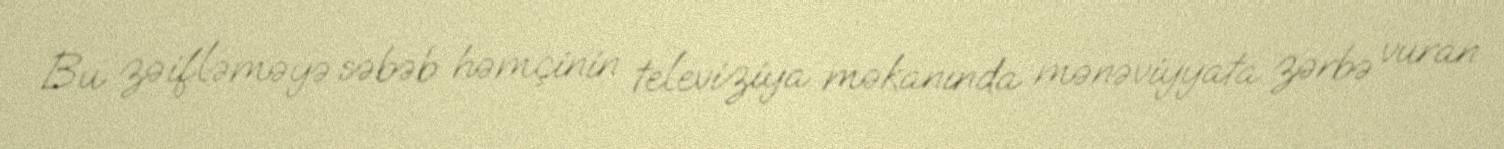
Bu zəifləməyə səbəb həmçinin televiziya məkanında mənəviyyata zərbə vuran